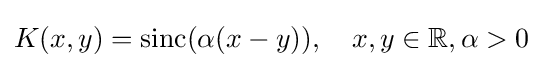
K(x,y)=\operatorname {sinc} (\alpha (x-y)),\quad x,y\in \mathbb {R} ,\alpha >0